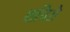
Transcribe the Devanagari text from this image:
शपिरो